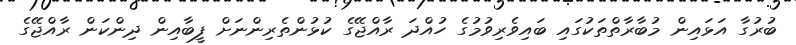
ބުރުގާ އަޅައިން މުބާރާތްތަކުގައި ބައިވެރިވުމުގެ ހުއްދަ ރާއްޖޭގެ ކުޅުންތެރިންނަށް ފީބާއިން ދިންކަން ރާއްޖޭގެ